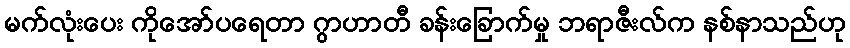
မက်လုံးပေး ကိုအော်ပရေတာ ဂွာဟာတီ ခန်းခြောက်မှု ဘရာဇီးလ်က နစ်နာသည်ဟု